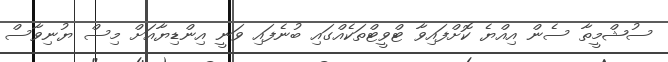
ސުޝްމީތާ ސެން އިއްޔެ ކޮށްފައިވާ ޓްވީޓްތަކެއްގައި ބުނެފައި ވަނީ އިންޑިޔާއަށް މިސް ޔުނިވާސް